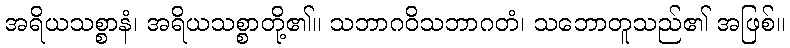
အရိယသစ္စာနံ၊ အရိယသစ္စာတို့၏။ သဘာဂဝိသဘာဂတံ၊ သဘောတူသည်၏ အဖြစ်။